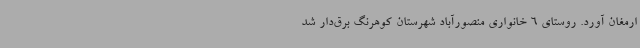
ارمغان آورد. روستای 6 خانواری منصورآباد شهرستان کوهرنگ برق‌دار شد